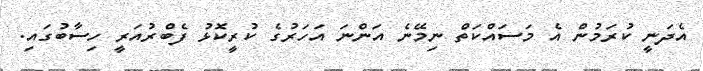
އެދަނީ ކުރަމުން އެ މަސައްކަތް ނިމޭނެ އަންނަ އަހަރުގެ ކުރީކޮޅު ފެބްރުއަރީ ހިސާބުގައި.